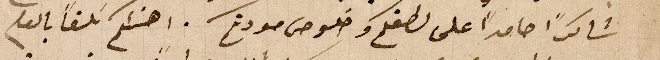
شاكراً حامداً على لطفكم وخلوص مودتكم . اهنئكم سلفاً بالعام